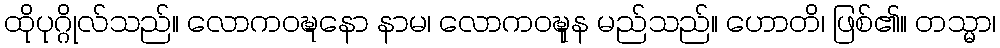
ထိုပုဂ္ဂိုလ်သည်။ လောကဝဍ္ဎနော နာမ၊ လောကဝဍ္ဎုန မည်သည်။ ဟောတိ၊ ဖြစ်၏။ တသ္မာ၊